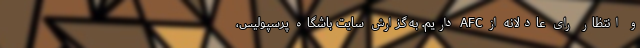
و انتظار رای عادلانه از AFC داریم. به گزارش سایت باشگاه پرسپولیس،